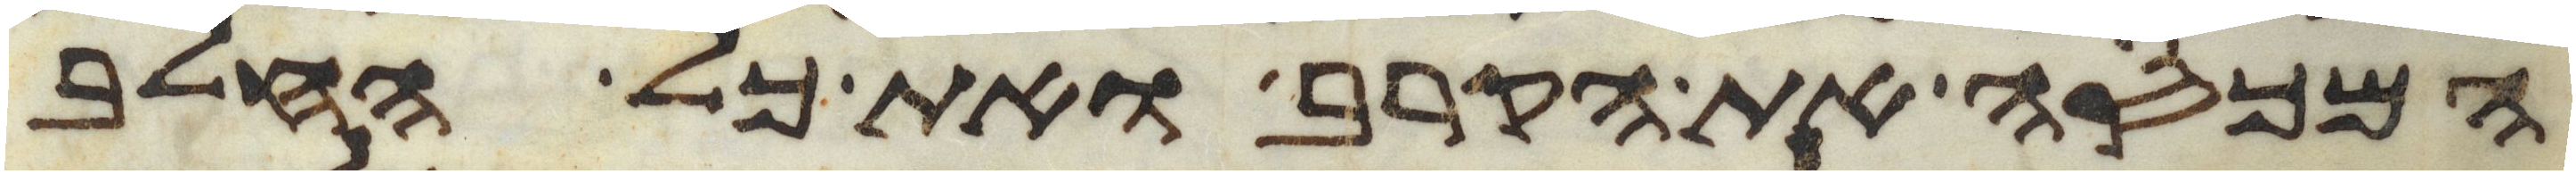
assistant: המכסה את הקרב ואת כל החלב